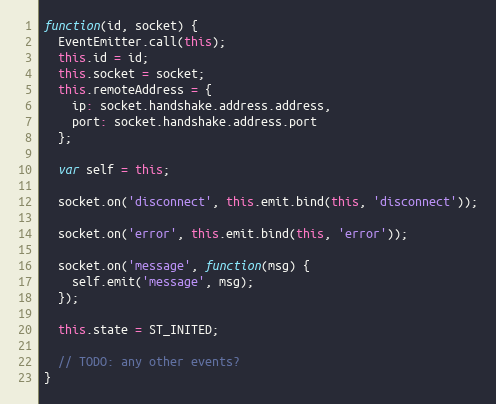
Language: JavaScript
function(id, socket) {
  EventEmitter.call(this);
  this.id = id;
  this.socket = socket;
  this.remoteAddress = {
    ip: socket.handshake.address.address,
    port: socket.handshake.address.port
  };

  var self = this;

  socket.on('disconnect', this.emit.bind(this, 'disconnect'));

  socket.on('error', this.emit.bind(this, 'error'));

  socket.on('message', function(msg) {
    self.emit('message', msg);
  });

  this.state = ST_INITED;

  // TODO: any other events?
}